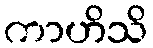
ကာဟိသိ